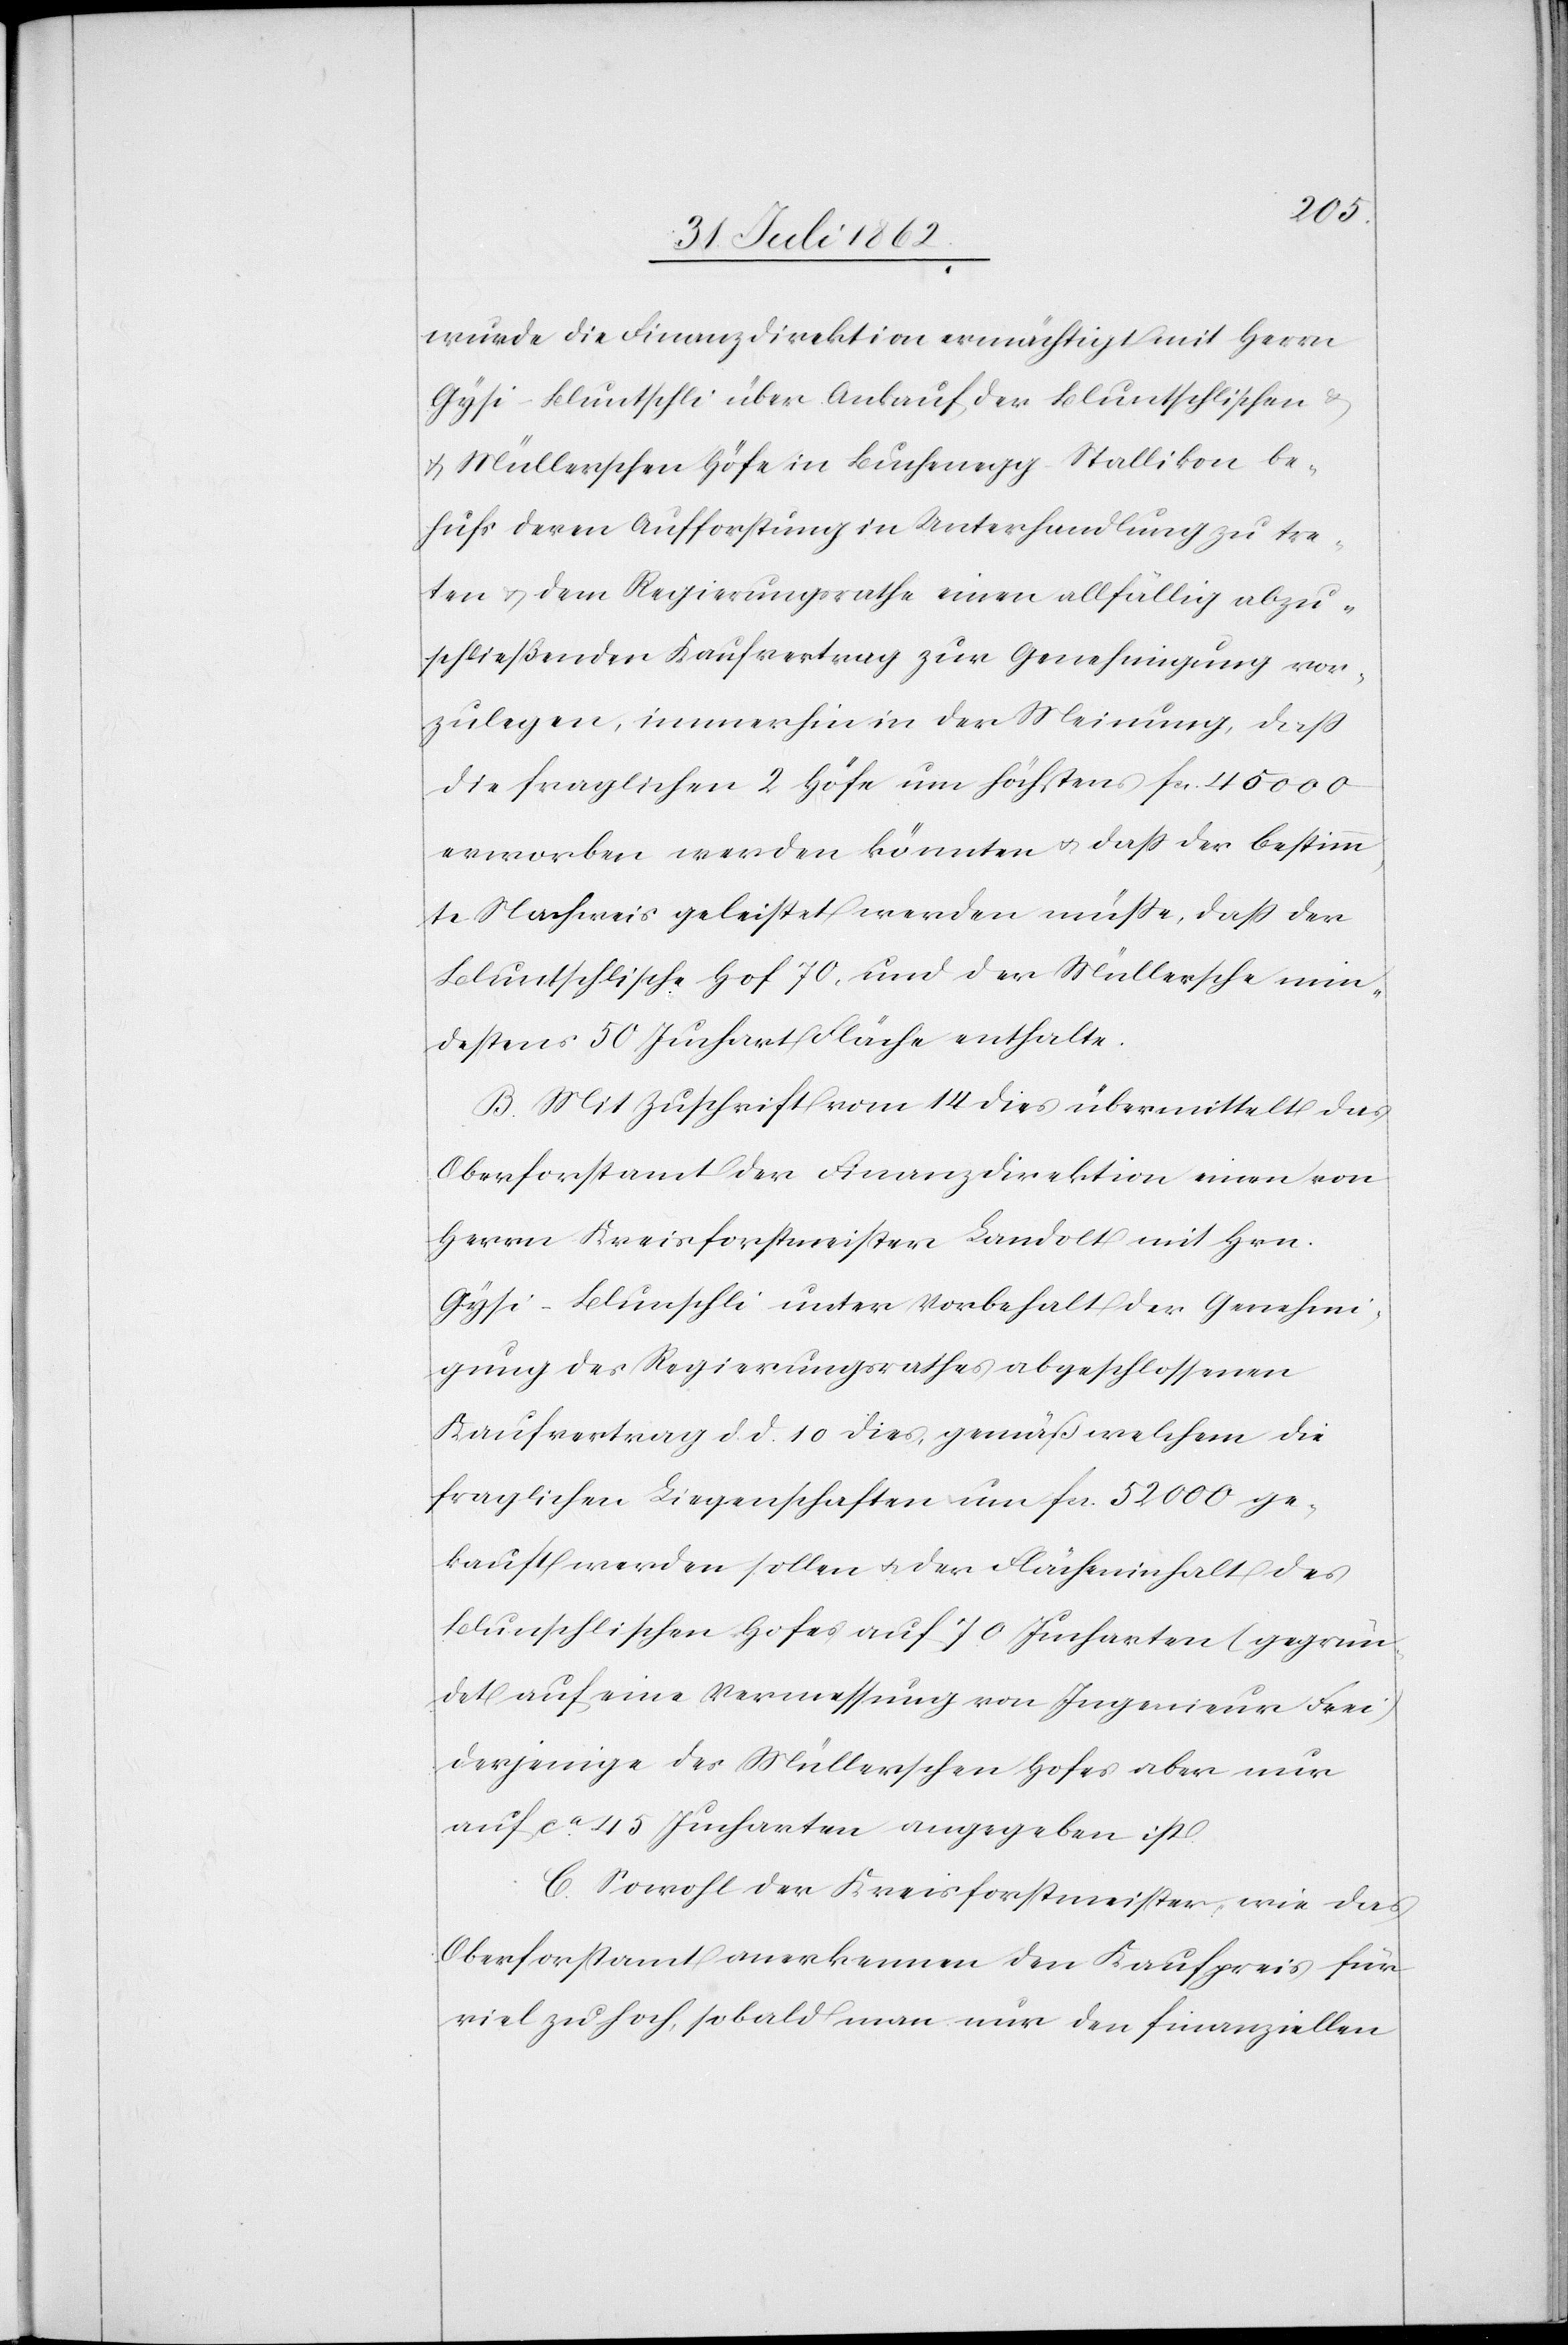
wurde die Finanzdirektion ermächtigt mit Herrn
Gysi-Bluntschli über Ankauf der Bluntschlischen u.
Müllerschen Höfe in Buchenegg-Stallikon be¬
hufs deren Aufforstung in Unterhandlung zu tre¬
ten u. dem Regierungsrathe einen allfällig abzu¬
schließenden Kaufvertrag zur Genehmigung vor¬
zulegen, immerhin in der Meinung, daß
die fraglichen 2 Höfe um höchstens fcs. 45 000
erworben werden könnten, u. daß der bestimm¬
te Nachweis geleistet werden müßte, daß der
Bluntschlische Hof 70, und der Müllersche min¬
destens 50 Juchart Fläche enthalte.
B. Mit Zuschrift vom 14. dies übermittelt das
Oberforstamt der Finanzdirektion einen von
Herrn Kreisforstmeister Landolt mit Hrn.
Gysi-Blun[t]schli unter Vorbehalt der Genehmi¬
gung des Regierungsrathes abgeschlossenen
Kaufvertrag d. d. 10. dies, gemäß welchem die
fraglichen Liegenschaften um fcs. 52 000 ge¬
kauft werden sollen u. der Flächeninhalt des
Blun[t]schlischen Hofes auf 70 Jucharten (gegrün¬
det auf eine Vermessung von Ingenieur Frei)
derjenige des Müllerschen Hofes aber nur
auf ca 45 Jucharten ausgegeben ist.
C. Sowohl der Kreisforstmeister, wie das
Oberforstamt anerkennen den Kaufpreis für
viel zu hoch, sobald man nur den finanziellen